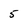
Character: 5